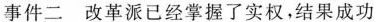
事件二改革派已经掌握了实权，结果成功